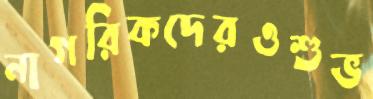
নাগরিকদেরওশুভ